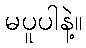
မပူပါနဲ့။